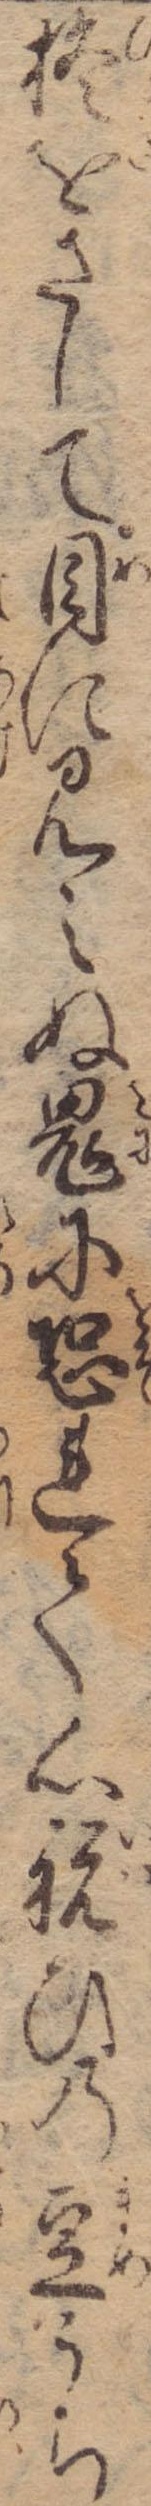
柊をさして目に見えぬ鬼に恐れて心祝ひの豆うち